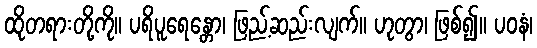
ထိုတရားတို့ကို။ ပရိပူရေန္တော၊ ဖြည့်ဆည်းလျက်။ ဟုတွာ၊ ဖြစ်၍။ ပဝနံ၊